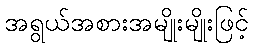
အရွယ်အစားအမျိုးမျိုးဖြင့်